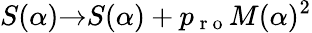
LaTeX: S(\alpha){\rightarrow}S(\alpha)+p_{\mathrm{~r~o~}}M(\alpha)^{2}